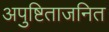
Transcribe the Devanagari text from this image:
अपुष्टिताजनित